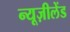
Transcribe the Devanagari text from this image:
न्यूज़ीलेंड